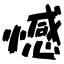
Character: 憾